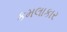
કમલાકાર